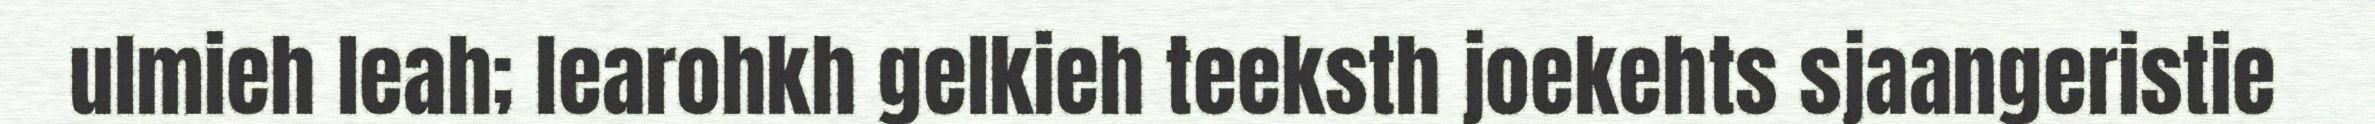
ulmieh leah; learohkh gelkieh teeksth joekehts sjaangeristie